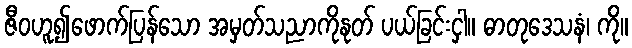
ဇီဝဟူ၍ဖောက်ပြန်သော အမှတ်သညာကိုနုတ် ပယ်ခြင်းငှါ။ ဓာတုဒေသနံ၊ ကို။